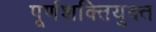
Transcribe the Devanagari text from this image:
पूर्णशक्तियुक्त